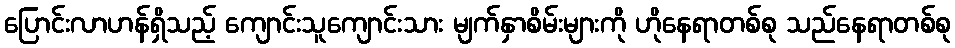
ပြောင်းလာဟန်ရှိသည့် ကျောင်းသူကျောင်းသား မျက်နှာစိမ်းများကို ဟိုနေရာတစ်စု သည်နေရာတစ်စု